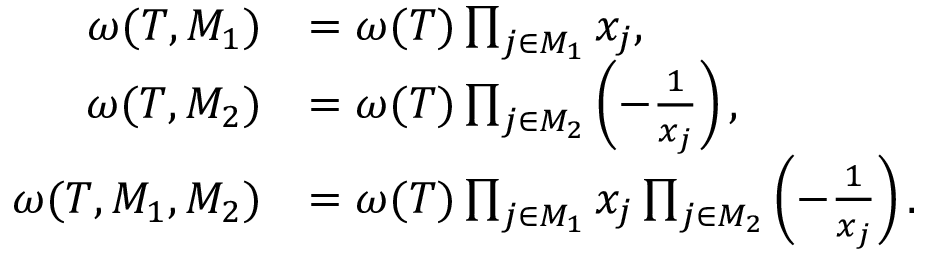
\begin{array} { r l } { \omega ( T , M _ { 1 } ) } & { = \omega ( T ) \prod _ { j \in M _ { 1 } } x _ { j } , } \\ { \omega ( T , M _ { 2 } ) } & { = \omega ( T ) \prod _ { j \in M _ { 2 } } \left( - \frac { 1 } { x _ { j } } \right) , } \\ { \omega ( T , M _ { 1 } , M _ { 2 } ) } & { = \omega ( T ) \prod _ { j \in M _ { 1 } } x _ { j } \prod _ { j \in M _ { 2 } } \left( - \frac { 1 } { x _ { j } } \right) . } \end{array}